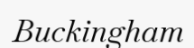
Buckingham